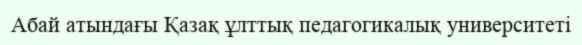
Абай атындағы Қазақ ұлттық педагогикалық университеті